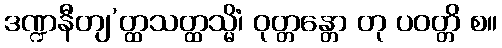
ဒဏ္ဍနီတျ’တ္ထသတ္ထသ္မိံ၊ ဝုတ္တန္တော တု ပဝတ္တိ စ။